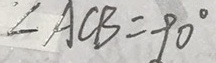
\angle A C B = 9 0 ^ { \circ }